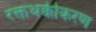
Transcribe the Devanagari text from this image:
रक्तथक्कीकरण